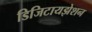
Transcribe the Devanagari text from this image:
डिजिटायझेशन